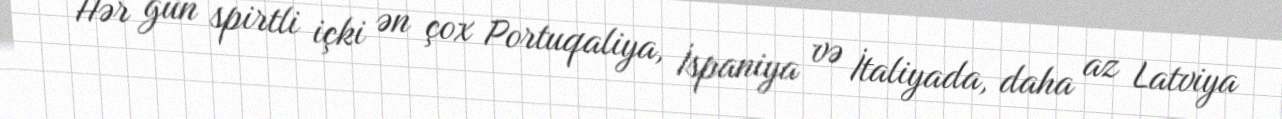
Hər gün spirtli içki ən çox Portuqaliya, İspaniya və İtaliyada, daha az Latviya